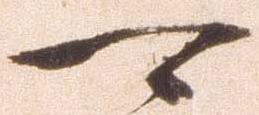
可